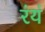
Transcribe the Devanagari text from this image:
रंयं